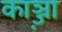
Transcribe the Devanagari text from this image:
काञ्ज़ा